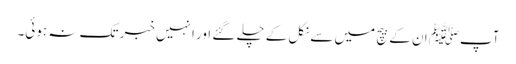
آپﷺ ان کے بیچ میں سے نکل کے چلے گئے اور انہیں خبر تک نہ ہوئی۔